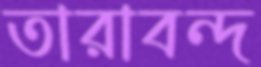
তারাবন্দ